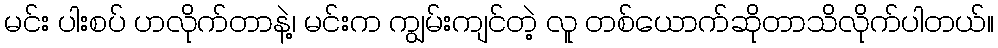
မင်း ပါးစပ် ဟလိုက်တာနဲ့၊ မင်းက ကျွမ်းကျင်တဲ့ လူ တစ်ယောက်ဆိုတာသိလိုက်ပါတယ်။